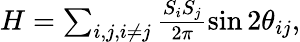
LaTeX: \begin{array}{r}{H=\sum_{\substack{i,j,i\neq j}}\frac{S_{i}S_{j}}{2\pi}\sin{2\theta_{ij}},}\end{array}